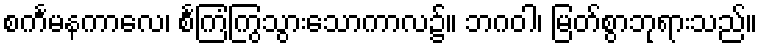
စင်္ကမနကာလေ၊ စင်္ကြံကြွသွားသောကာလ၌။ ဘဂဝါ၊ မြတ်စွာဘုရားသည်။